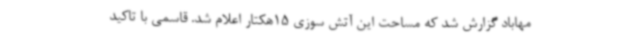
مهاباد گزارش شد که مساحت این آتش سوزی 15هکتار اعلام شد. قاسمی با تاکید